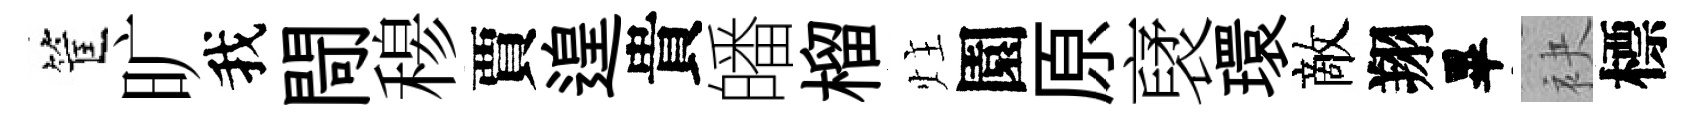
筐旷我閜𥠇賈遑貴皤榴炷園原裦環敵翔畢袂標